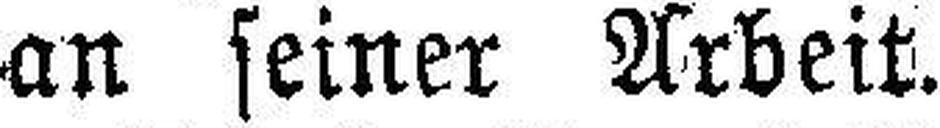
an seiner Arbeit.